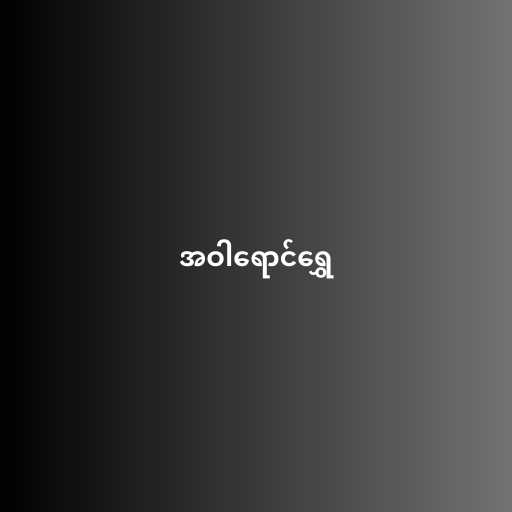
အဝါရောင်ရွှေ